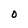
Character: 0